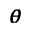
\pmb { \theta }